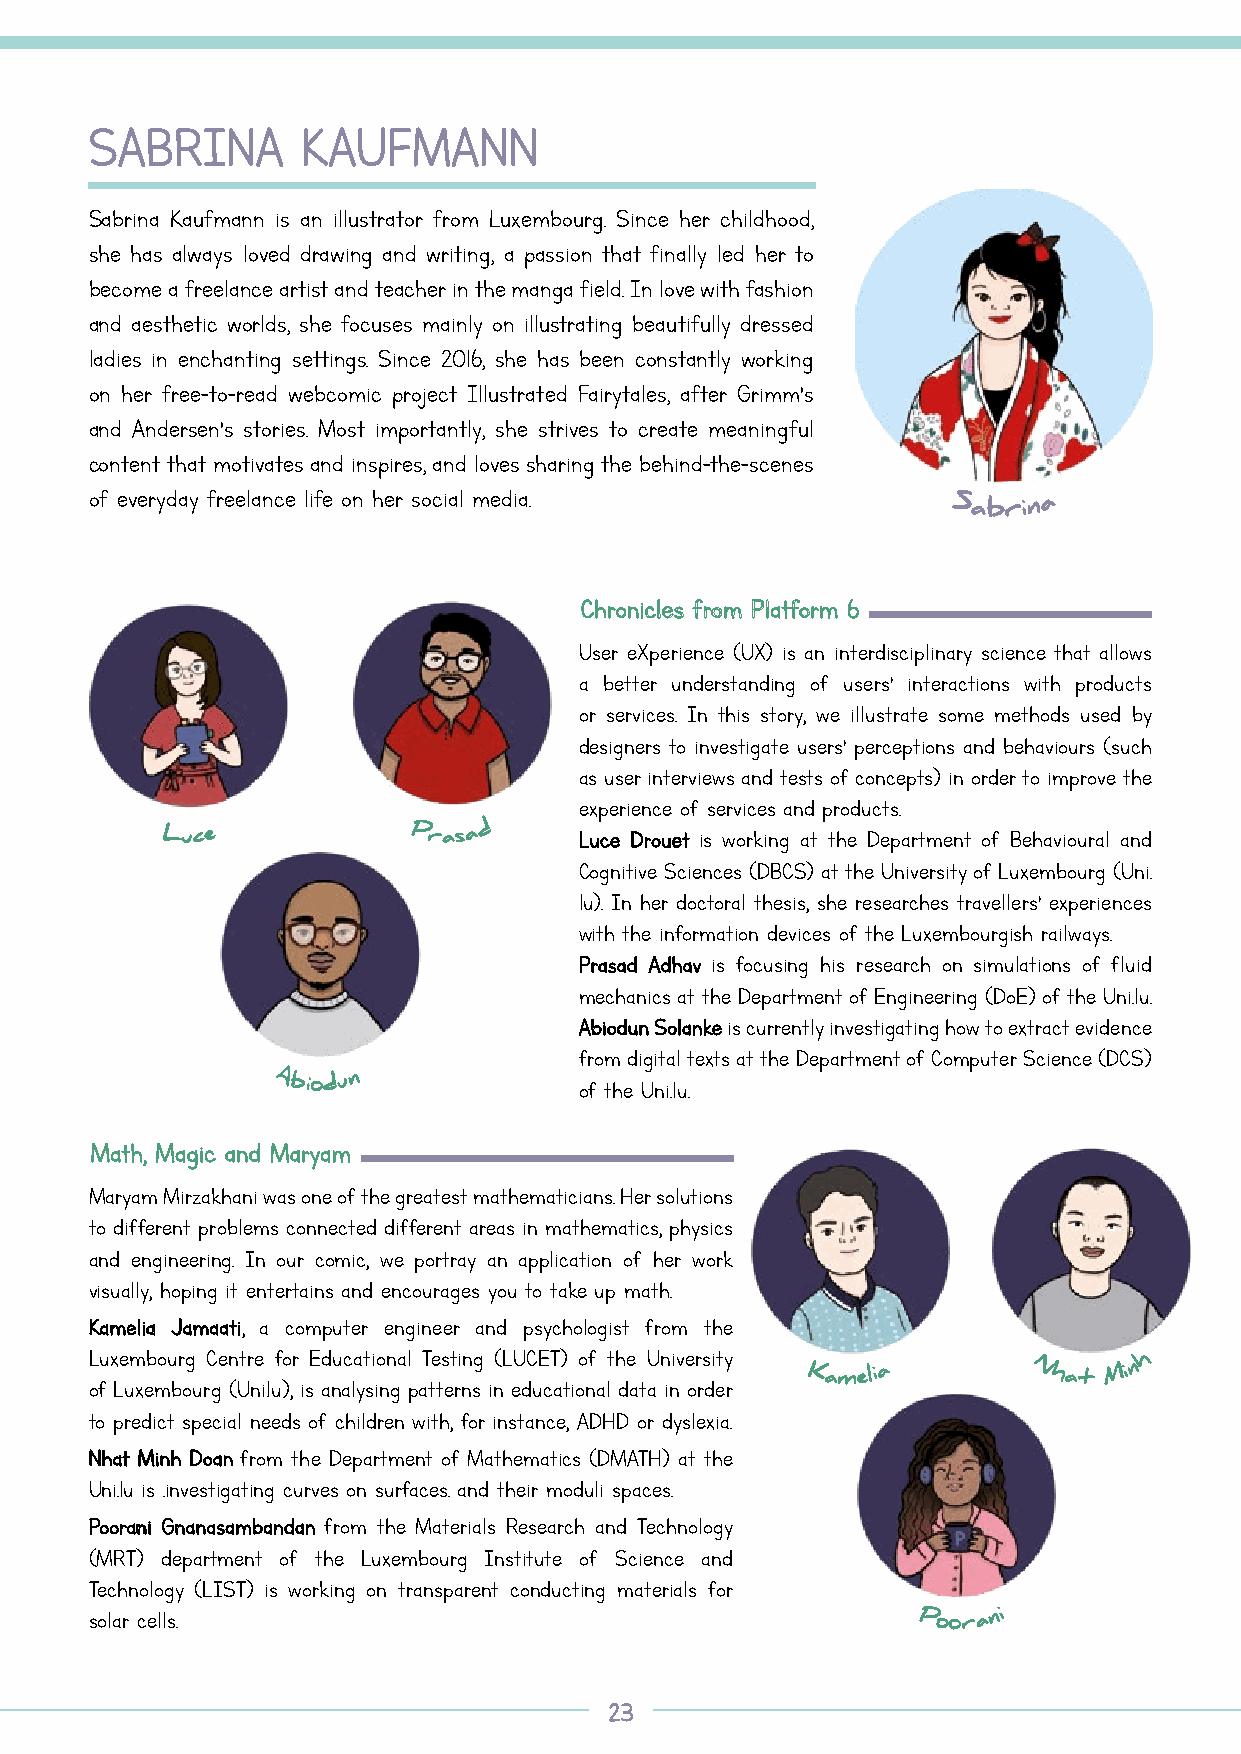
SSAABBRRIINNAA KKAAUUFFMMAANNNN
 Sabrina Kaufmann is an illustrator from Luxembourg. Since her childhood,
 she has always loved drawing and writing, a passion that finally led her to
 become a freelance artist and teacher in the manga field. In love with fashion
 and aesthetic worlds, she focuses mainly on illustrating beautifully dressed
 ladies in enchanting settings. Since 2016, she has been constantly working
 on her free-to-read webcomic project Illustrated Fairytales, after Grimm’s
 and Andersen’s stories. Most importantly, she strives to create meaningful
 content that motivates and inspires, and loves sharing the behind-the-scenes
 of everyday freelance life on her social media.
 Sabrin a
 CChhrroonniicclleess ffrroomm PPllaattffoorrmm 66
 User eXperience (UX) is an interdisciplinary science that allows
 a better understanding of users’ interactions with products
 or services. In this story, we illustrate some methods used by
 designers to investigate users’ perceptions and behaviours (such
 as user interviews and tests of concepts) in order to improve the
 experience of services and products.
 Luce            Prasa d    LLuuccee DDrroouueett is working at the Department of Behavioural and
 Cognitive Sciences (DBCS) at the University of Luxembourg (Uni.
 lu). In her doctoral thesis, she researches travellers’ experiences
 with the information devices of the Luxembourgish railways.
 PPrraassaadd AAddhhaavv is focusing his research on simulations of fluid
 mechanics at the Department of Engineering (DoE) of the Uni.lu.
 AAbbiioodduunn SSoollaannkkee is currently investigating how to extract evidence
 from digital texts at the Department of Computer Science (DCS)
 Abiodu n            of the Uni.lu.
 MMaatthh,, MMaaggiicc aanndd MMaarryyaamm
 Maryam Mirzakhani was one of the greatest mathematicians. Her solutions
 to different problems connected different areas in mathematics, physics
 and engineering. In our comic, we portray an application of her work
 visually, hoping it entertains and encourages you to take up math.
 KKaammeelliiaa JJaammaaaattii, a computer engineer and psychologist from the
 Luxembourg Centre for Educational Testing (LUCET) of the University
 h
 of Luxembourg (Uni.lu), is analysing patterns in educational data in order
 Kamelia        Nhat Min
 to predict special needs of children with, for instance, ADHD or dyslexia.
 NNhhaatt MMiinnhh DDooaann from the Department of Mathematics (DMATH) at the
 Uni.lu is .investigating curves on surfaces. and their moduli spaces.
 PPoooorraannii GGnnaannaassaammbbaannddaann from the Materials Research and Technology
 (MRT) department of the Luxembourg Institute of Science and
 Technology (LIST) is working on transparent conducting materials for
 solar cells.
 Poora
 ni
 2233